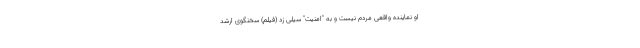
او نماینده واقعی مردم نیست و به "امنیت" سیلی زد (فیلم) سخنگوی ارشد